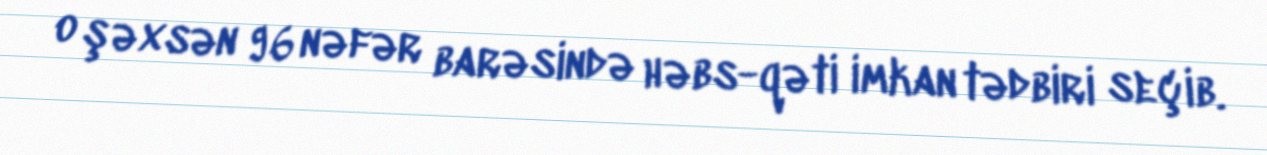
o şəxsən 96 nəfər barəsində həbs-qəti imkan tədbiri seçib.